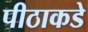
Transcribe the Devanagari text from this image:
पीठाकडे